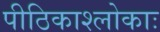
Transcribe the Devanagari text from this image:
पीठिकाश्लोकाः